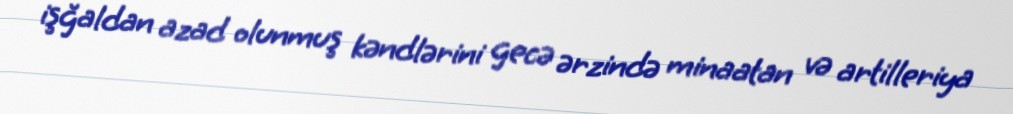
işğaldan azad olunmuş kəndlərini gecə ərzində minaatan və artilleriya